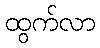
ထွက်လာ